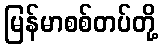
မြန်မာစစ်တပ်တို့